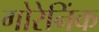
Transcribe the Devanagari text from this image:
गोरेनिंक